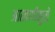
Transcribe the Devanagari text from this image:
आखणीमुळे